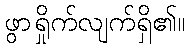
ဖွာရှိုက်လျက်ရှိ၏။